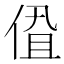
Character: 𬾩